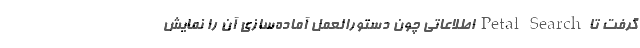
گرفت تا Petal Search اطلاعاتی چون دستورالعمل آماده‌سازی آن را نمایش